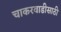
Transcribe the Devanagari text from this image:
चाकरवाडीसाठी